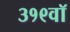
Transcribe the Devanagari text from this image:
३१९वॉ